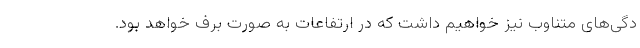
دگی‌های متناوب نیز خواهیم داشت که در ارتفاعات به صورت برف خواهد بود.